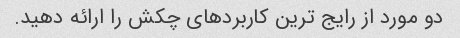
دو مورد از رایج ترین کاربردهای چکش را ارائه دهید.